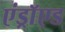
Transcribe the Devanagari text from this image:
एंड्राॅएड